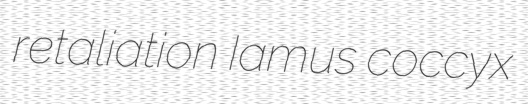
retaliation Iamus coccyx